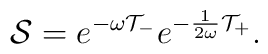
{\cal S}=e^{-\omega {\cal T}_{-}} e^{-\frac{1}{2\omega} {\cal T}_{+}} .